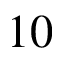
1 0